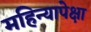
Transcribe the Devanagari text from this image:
महिन्यापेक्षा